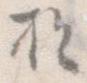
於